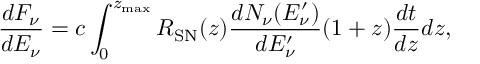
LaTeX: \frac { d F _ { \nu } } { d E _ { \nu } } = c \int _ { 0 } ^ { z _ { \mathrm { m a x } } } R _ { \mathrm { S N } } ( z ) \frac { d N _ { \nu } ( E _ { \nu } ^ { \prime } ) } { d E _ { \nu } ^ { \prime } } ( 1 + z ) \frac { d t } { d z } d z ,